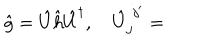
LaTeX: \hat { g } = \hat { U } \hat { h } \hat { U } ^ { \dagger } , \quad \hat { U } _ { j } ^ { \, \, j ^ { \prime } } =